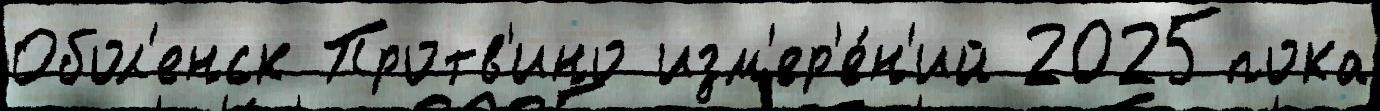
Обол'енск Протв'ино изм'ер'е́н'ий 2025пока